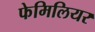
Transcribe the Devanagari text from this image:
फेमिलियर